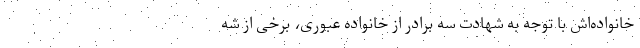
خانواده‌اش با توجه به شهادت سه برادر از خانواده عبوری، برخی از شه